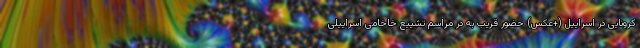
کرونایی در اسراییل (+عکس) حضور قریب به در مراسم تشییع خاخامی اسراییلی